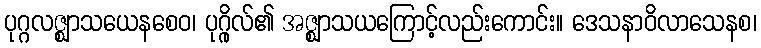
ပုဂ္ဂလဇ္ဈာသယေနစေဝ၊ ပုဂ္ဂိုလ်၏ အဇ္ဈာသယကြောင့်လည်းကောင်း။ ဒေသနာဝိလာသေနစ၊